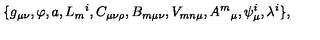
\{ g _ { \mu \nu } , \varphi , a , L _ { m } { } ^ { i } , C _ { \mu \nu \rho } , B _ { m \mu \nu } , V _ { m n \mu } , A ^ { m } { } _ { \mu } , \psi _ { \mu } ^ { i } , \lambda ^ { i } \} ,